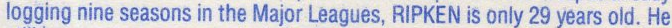
logging nine seasons in the Major Leagues, RIPKEN is only 29 years old,He